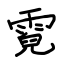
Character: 霓